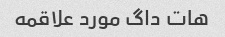
هات داگ مورد علاقمه